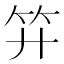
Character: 𥫠